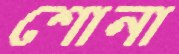
শোনা